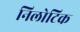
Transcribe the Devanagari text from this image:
निलोटिक